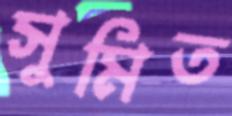
সুমিত